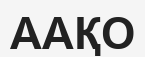
ААҚО